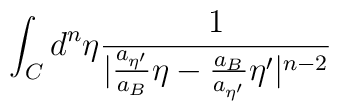
\int_{C}{d^n}{\eta}\frac{1}{|\frac{a_{{\eta}'}}{a_B}{\eta}- \frac{a_B}{a_{{\eta}'}}{\eta}'|^{n-2}}